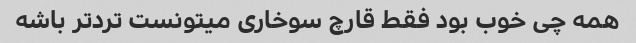
همه چی خوب بود فقط قارچ سوخاری میتونست تردتر باشه